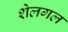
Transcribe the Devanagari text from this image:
शेलगल